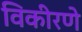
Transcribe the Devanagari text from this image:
विकीरणे